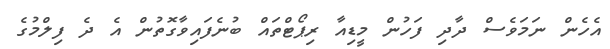
އެހެން ނަމަވެސް ދާދި ފަހުން މީޑިއާ ރިޕޯޓްތައް ބުނެފައިވާގޮތުން އެ ދެ ފިލްމުގެ